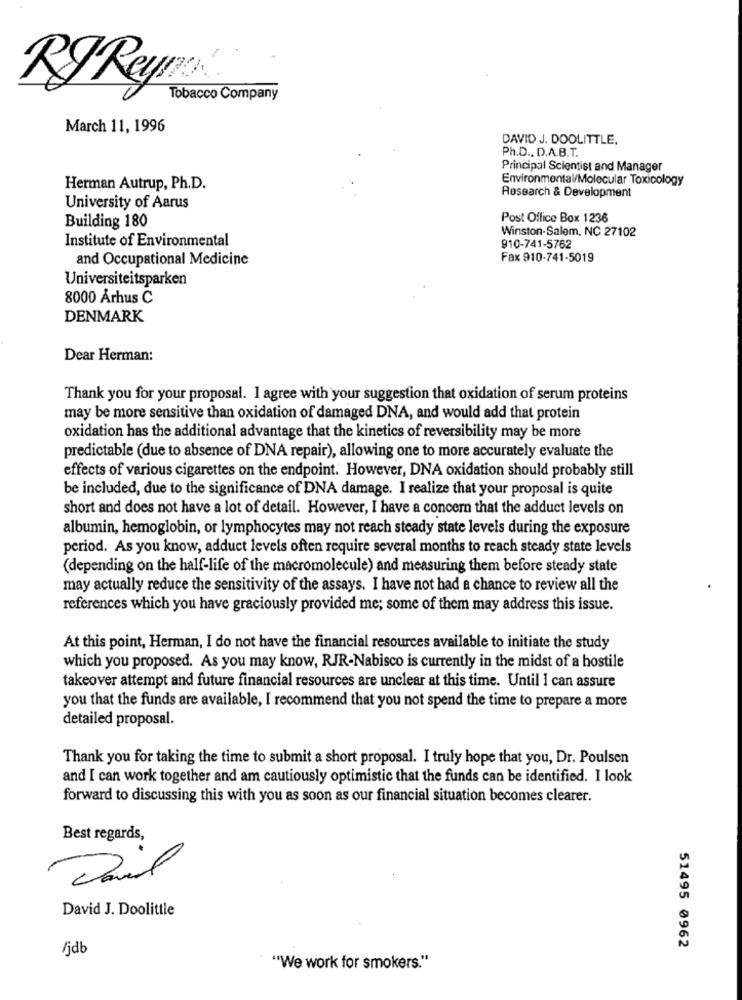
Tobacco Company
March 11, 1996
DAVID J. DOOLITTLE.
Ph.D ., D.A.B.T.
Principal Scientist and Manager
Environmental/Molecular Toxicology
Herman Autrup, Ph.D.
Research & Development
University of Aarus
Building 180
Post Office Box 1236
Winston-Salem, NC 27102
Institute of Environmental
910-741-5762
and Occupational Medicine
Fax 910-741-5019
Universiteitsparken
8000 Århus C
DENMARK
Dear Herman:
Thank you for your proposal. I agree with your suggestion that oxidation of serum proteins
may be more sensitive than oxidation of damaged DNA, and would add that protein
oxidation has the additional advantage that the kinetics of reversibility may be more
predictable (due to absence of DNA repair), allowing one to more accurately evaluate the
effects of various cigarettes on the endpoint. However, DNA oxidation should probably still
be included, due to the significance of DNA damage. I realize that your proposal is quite
short and does not have a lot of detail. However, I have a concern that the adduct levels on
albumin, hemoglobin, or lymphocytes may not reach steady state levels during the exposure
period. As you know, adduct levels often require several months to reach steady state levels
(depending on the half-life of the macromolecule) and measuring them before steady state
may actually reduce the sensitivity of the assays. I have not had a chance to review all the
references which you have graciously provided me; some of them may address this issue.
At this point, Herman, I do not have the financial resources available to initiate the study
which you proposed. As you may know, RJR-Nabisco is currently in the midst of a hostile
takeover attempt and future financial resources are unclear at this time. Until I can assure
you that the funds are available, I recommend that you not spend the time to prepare a more
detailed proposal.
Thank you for taking the time to submit a short proposal. I truly hope that you, Dr. Poulsen
and I can work together and am cautiously optimistic that the funds can be identified. I look
forward to discussing this with you as soon as our financial situation becomes clearer.
Best regards,
David J. Doolittle
/jdb
51495 0962
"We work for smokers."